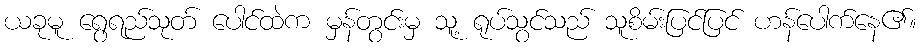
ယခုမူ ရွေရည်သုတ် ပေါင်ထဲက မှန်တွင်းမှ သူ့ ရုပ်သွင်သည် သူစိမ်းပြင်ပြင် ဟန်ပေါက်နေ၏။